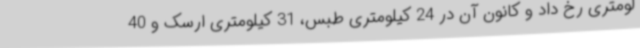
لومتری رخ داد و کانون آن در 24 کیلومتری طبس، 31 کیلومتری ارسک و 40